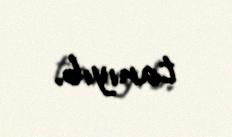
tanıyıb.